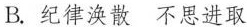
B.纪律涣散 不思进取